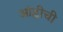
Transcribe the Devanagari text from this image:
आंह्वीची